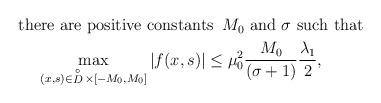
LaTeX: \begin{align*}\begin{aligned}& \mbox{there are positive constants}\,\,\, M_0\,\, \mbox{and}\,\, \sigma\,\, \mbox{such that}\\& \,\,\,\,\,\,\,\displaystyle\max_{(x,s)\in \mathop D\limits^ \circ\times[-M_0,M_0]}|f(x,s)|\leq \mu_0^2\frac{M_0}{(\sigma+1)}\frac{\lambda_1}{2},\end{aligned}\end{align*}